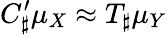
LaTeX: C_{\sharp}^{\prime}\mu_{X}\approx T_{\sharp}\mu_{Y}